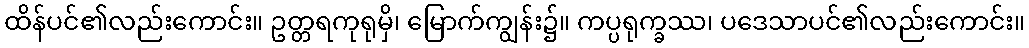
ထိန်ပင်၏လည်းကောင်း။ ဥတ္တရကုရုမှိ၊ မြောက်ကျွန်း၌။ ကပ္ပရုက္ခဿ၊ ပဒေသာပင်၏လည်းကောင်း။